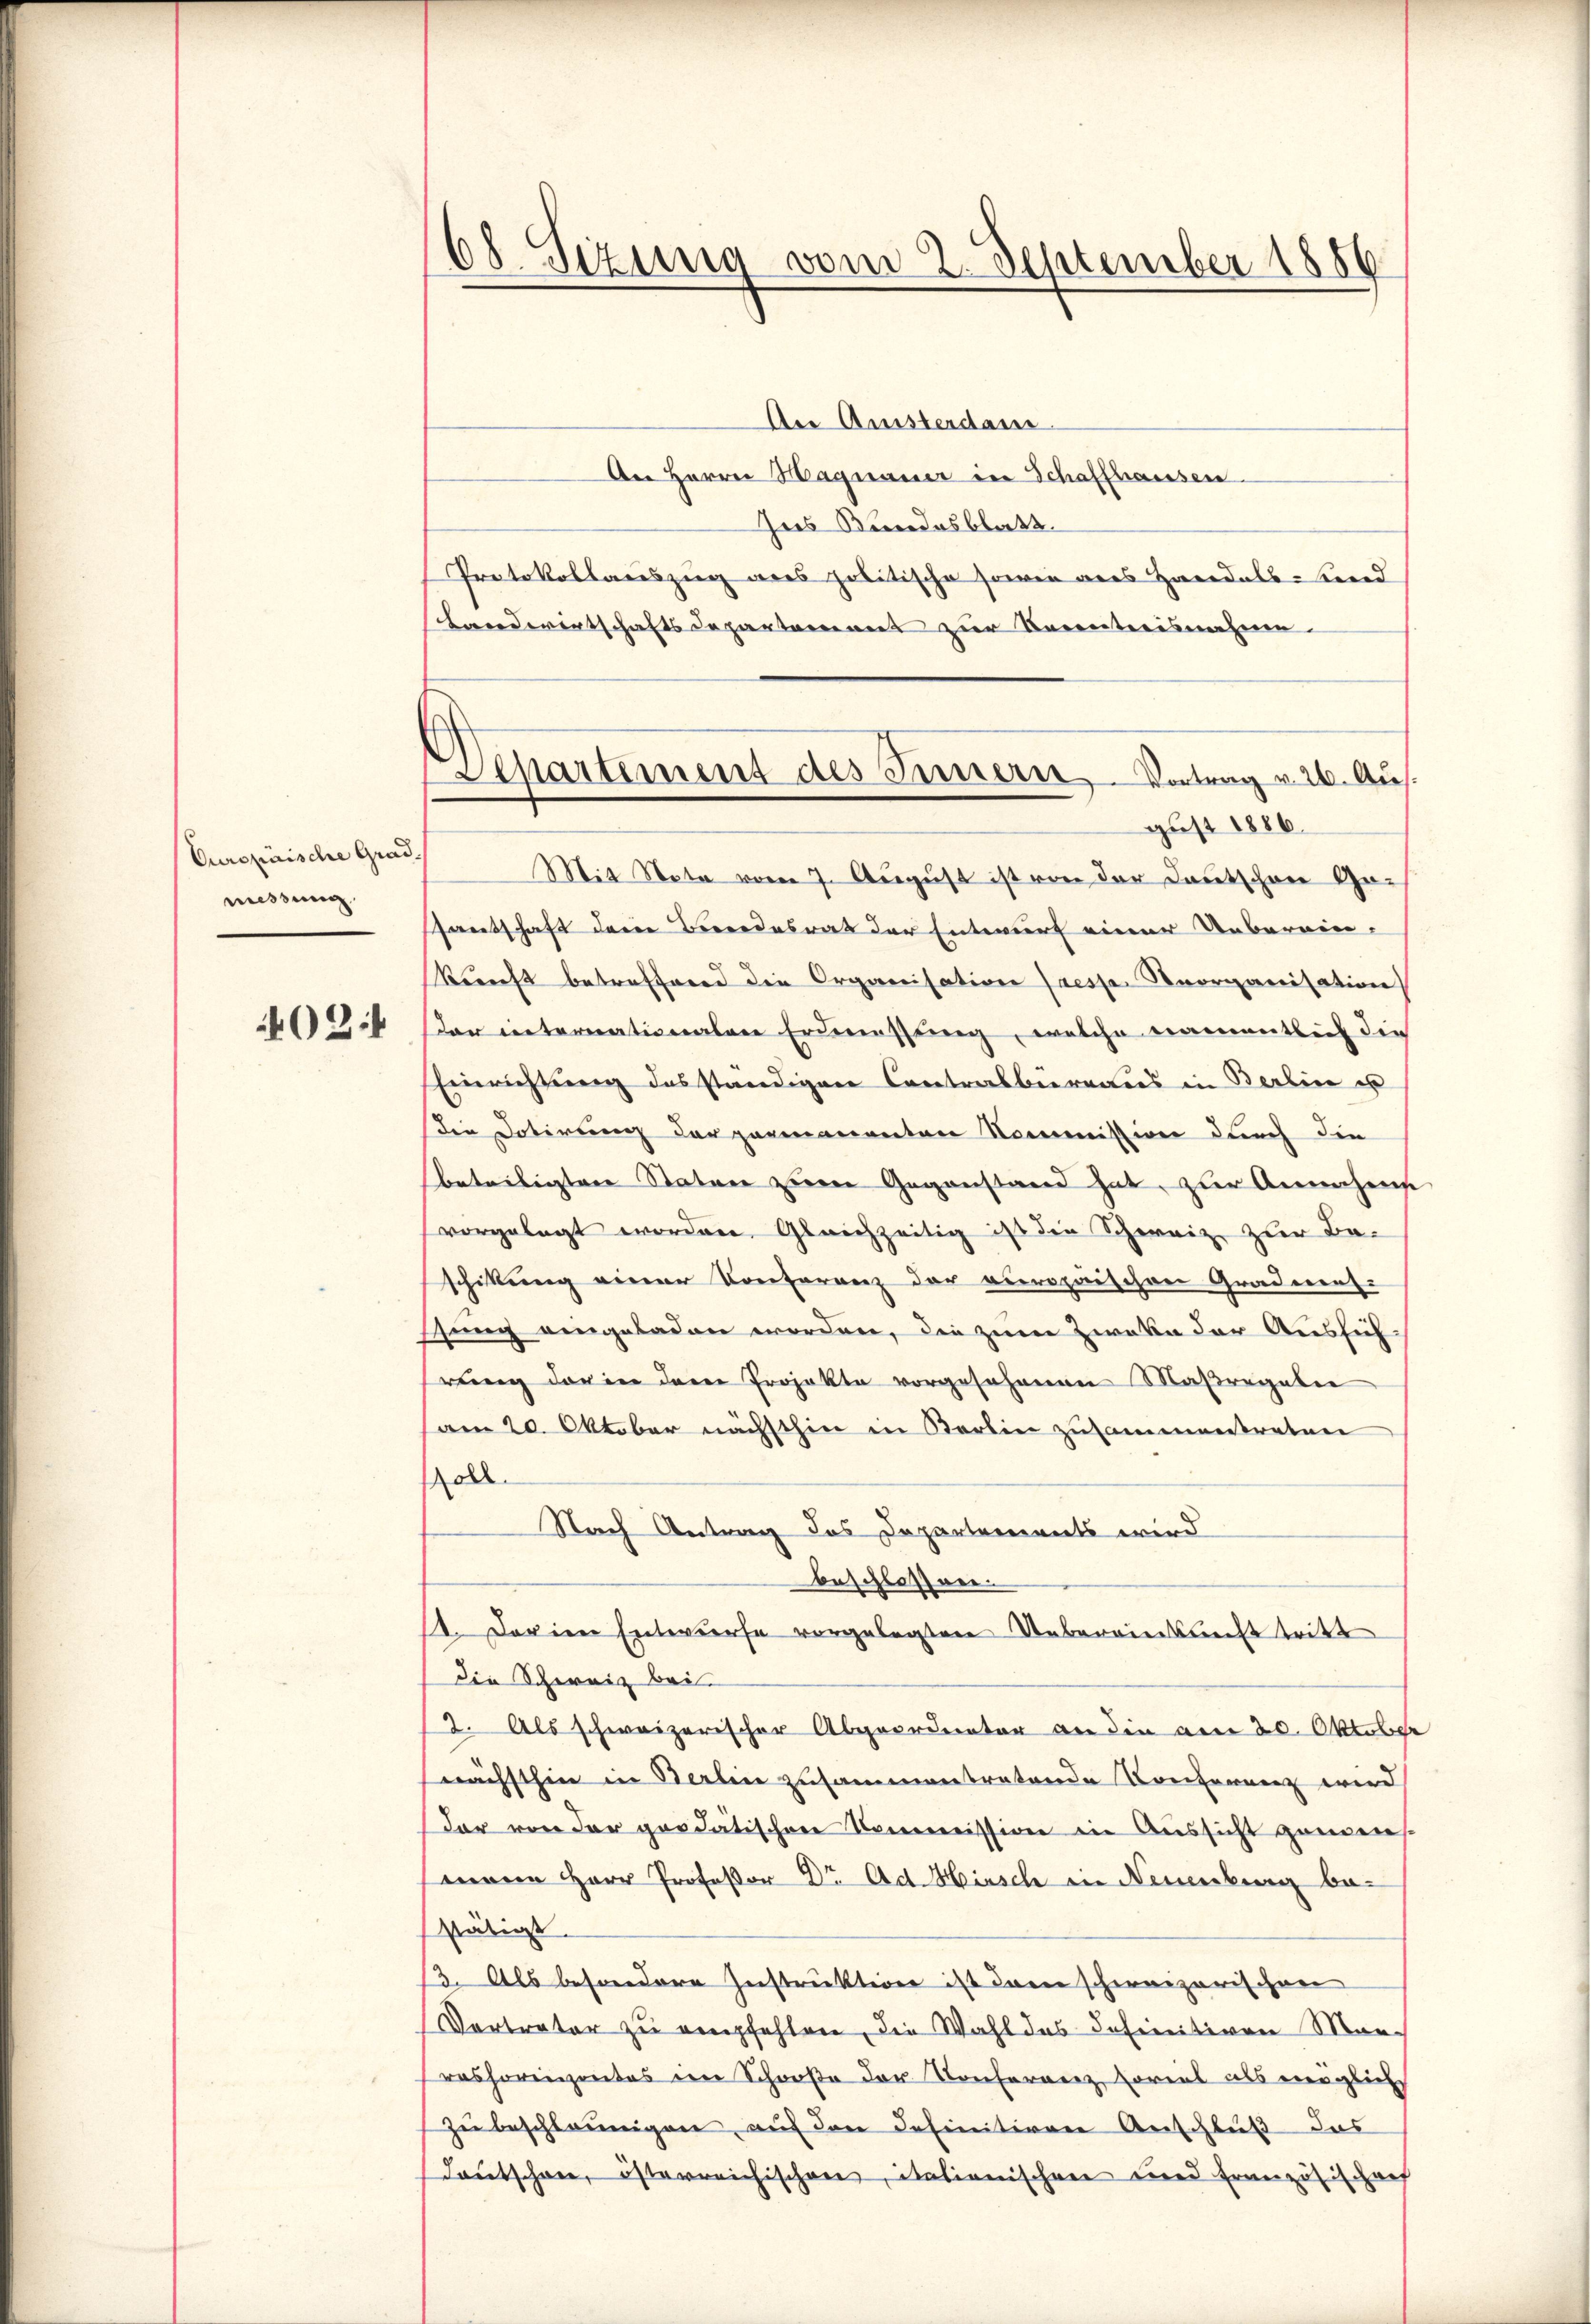
Curopirische Grad.
messung.
02

68 Sizung vom 2. September 1886

Venartement des Innern Vortrag v. 26. Aus
gust 1886.

Aer Quisterdam
Aer Herrn Hagnauer in Schaffhausen
Ins Bundesblatt.
Protokollauszug aus politische sowie aus Handels-Kind
Landwirtschaftsdepartement zur Kenntnisnahme.
Mit Nota vom 7. August ist von der Deutschen Ge-
Hantschaft deine Beeindesrat der Entwurf einer Ueberein-
Rernst betreffend die Organisation (resse Reorganisation
dar internationalen Erdenessung, welche namentlich die
Einrichtung das ständigen Contralbereits in Berline es
Die Dotirung der permanenten Kommission durch die
beteiligten Statuer zum Gegenstand hat, zur Annahme
vorgelegt worden. Gleichzeitig ist die Schweiz zur Be-
schikung einer Conferenz der europaischen Gradnersstung eingeladen worden, die zum Zweke der Aussich
rung der in dem Projekte vorgesehenen Maßregelei
am 20. Oktober nächsthin in Karlin zusammentreten
soll.
Nach Antrag das Departements wird
beschlossen
1. Darien Entwurfe vorgelegten Uebereinkunft tritt
Die Schweiz bei
2. Als schweizerischer Abgeordneter an die am 20. Oktober
nächsthin in Berlin zusammentratende Konferenz wird
dar von der geratischen Kommission ein Aussicht gemeinsenen Herr Professor Dr. Ad. Hinsch in Neuenburg bestätigt
13. Als besondere Instruktion ist dann schweizerischen
Vertreter zu empfehlen, die Wahl des Definitiven Mon-
ashorizontes im Schooße der Konferenz soviel als möglich
zu beschleunigen auf den definitiven Anschluß das
Tautschnee, österreichischen, italienischen und Französischens